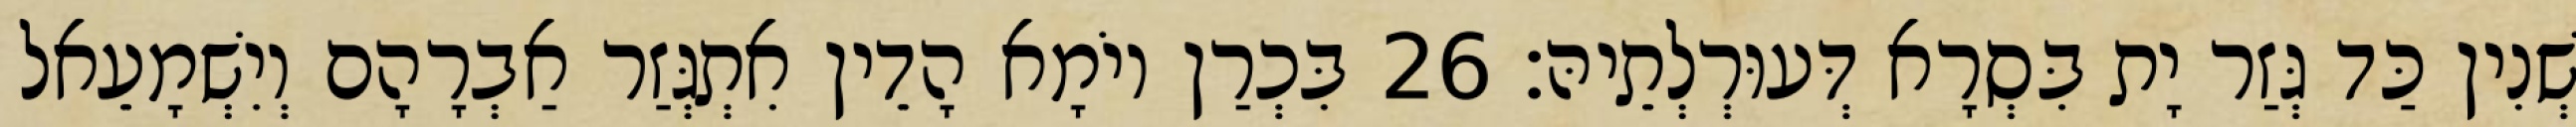
שְׁנִין כַּד גְּזַר יָת בִּסְרָא דְּעוּרְלְתֵיהּ׃ 26 בִּכְרַן יוֹמָא הָדֵין אִתְגְּזַר אַבְרָהָם וְיִשְׁמָעֵאל